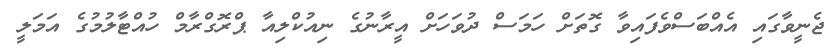
ޖެނީވާގައި އެއްބަސްވެފައިވާ ގޮތަށް ހަމަސް ދުވަހަށް އީރާނުގެ ނިއުކްލިއާ ޕްރޮގްރާމް ހުއްޓާލުމުގެ އަމަލީ